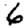
Digit: 6